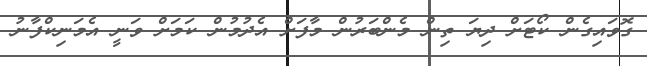
ގޮވައިގެން ކޯޓަށް ދިޔަ ތިން މެންބަރުން މާފަށް އެދުމުން ކަމަށް ވަނީ އެމަނިކްފާނު